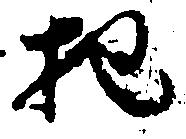
把